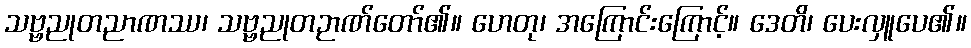
သဗ္ဗညုတညာဏဿ၊ သဗ္ဗညုတဉာဏ်တော်၏။ ဟေတု၊ အကြောင်းကြောင့်။ ဒေတိ၊ ပေးလှူပေ၏။